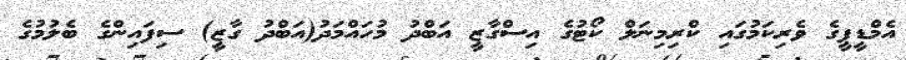
އެމްޑީޕީގެ ވެރިކަމުގައި ކްރިމިނަލް ކޯޓުގެ އިސްގާޒީ އަބްދު މުހައްމަދު(އަބްދު ގާޒީ) ސިފައިންގެ ބެލުމުގެ